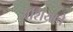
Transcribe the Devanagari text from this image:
अशियाचे